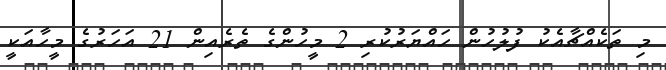
މި ތަކެއްޗާއެކު ފުލުހުން ހައްޔަރުކުރި 2 މީހުންގެ ތެރެއިން 21 އަހަރުގެ މީހާއަކީ